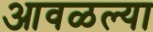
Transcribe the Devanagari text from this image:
आवळल्या